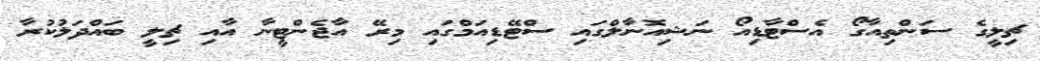
ޗިލީގެ ސަންތިއާގޯ އެސްޓާޑިއޯ ނަޝިއޮނާލްގައި ސްޓޭޑިއަމްގައި މިރޭ އާޖެންޓީނާ އާއި ޗިލީ ބައްދަލުކުރާ